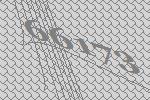
66173